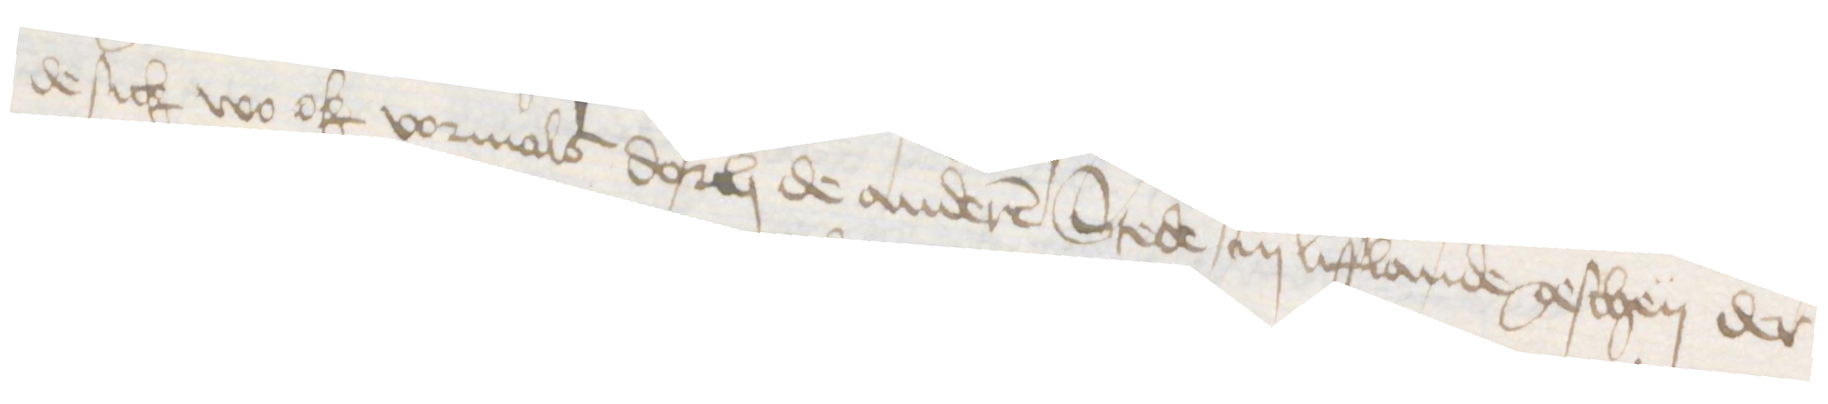
de sick wo ok vormals dorch de anderen Stede in Lifflande geschen der